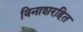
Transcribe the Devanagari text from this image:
विनाशरहित